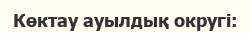
Көктау ауылдық округі: